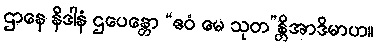
ဌာနေ နိဒါနံ ဌပေန္တော “ဧဝံ မေ သုတ”န္တိအာဒိမာဟ။